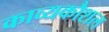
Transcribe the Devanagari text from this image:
काव्यकौशल